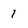
Character: l